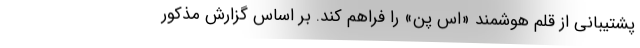
پشتیبانی از قلم هوشمند «اس پن» را فراهم کند. بر اساس گزارش مذکور